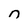
Character: n